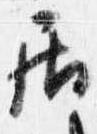
居